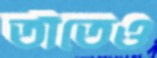
তাঁতেও